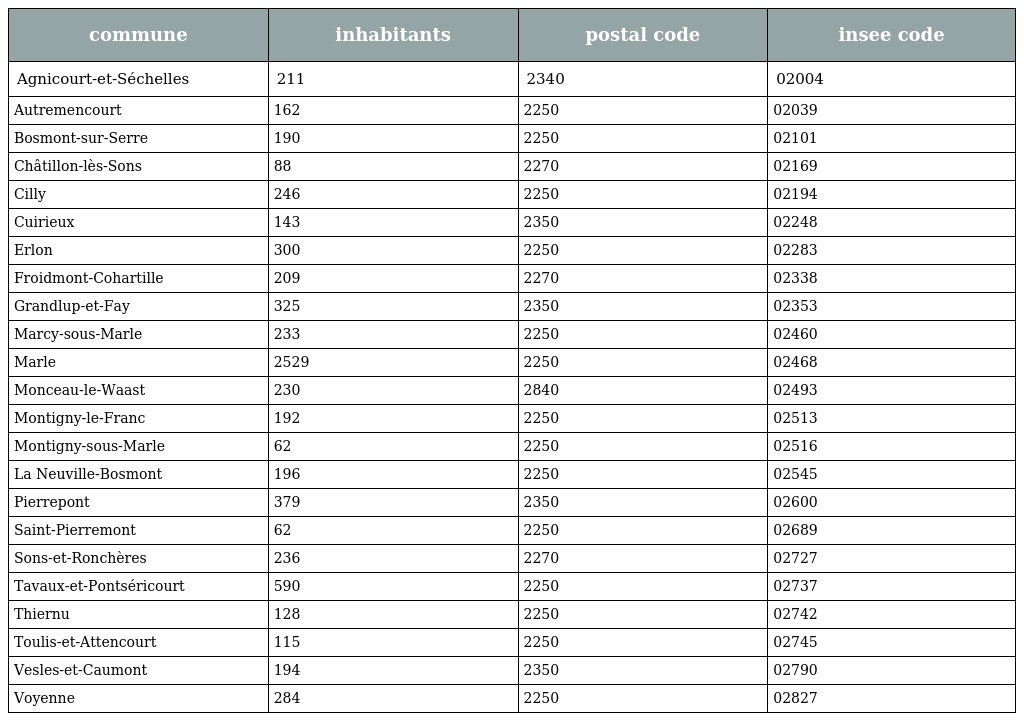
| commune | inhabitants | postal code | insee code |
 | --- | --- | --- | --- |
 | Agnicourt-et-Séchelles | 211 | 2340 | 02004 |
 | Autremencourt | 162 | 2250 | 02039 |
 | Bosmont-sur-Serre | 190 | 2250 | 02101 |
 | Châtillon-lès-Sons | 88 | 2270 | 02169 |
 | Cilly | 246 | 2250 | 02194 |
 | Cuirieux | 143 | 2350 | 02248 |
 | Erlon | 300 | 2250 | 02283 |
 | Froidmont-Cohartille | 209 | 2270 | 02338 |
 | Grandlup-et-Fay | 325 | 2350 | 02353 |
 | Marcy-sous-Marle | 233 | 2250 | 02460 |
 | Marle | 2529 | 2250 | 02468 |
 | Monceau-le-Waast | 230 | 2840 | 02493 |
 | Montigny-le-Franc | 192 | 2250 | 02513 |
 | Montigny-sous-Marle | 62 | 2250 | 02516 |
 | La Neuville-Bosmont | 196 | 2250 | 02545 |
 | Pierrepont | 379 | 2350 | 02600 |
 | Saint-Pierremont | 62 | 2250 | 02689 |
 | Sons-et-Ronchères | 236 | 2270 | 02727 |
 | Tavaux-et-Pontséricourt | 590 | 2250 | 02737 |
 | Thiernu | 128 | 2250 | 02742 |
 | Toulis-et-Attencourt | 115 | 2250 | 02745 |
 | Vesles-et-Caumont | 194 | 2350 | 02790 |
 | Voyenne | 284 | 2250 | 02827 |